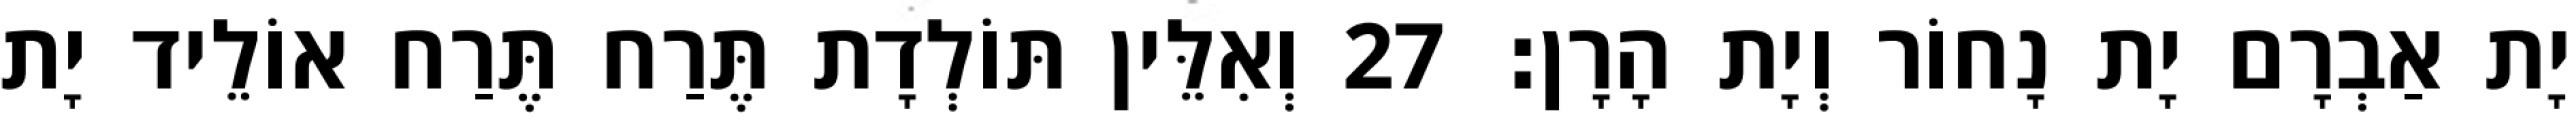
יָת אַבְרָם יָת נָחוֹר וְיָת הָרָן׃ 27 וְאִלֵּין תּוֹלְדָת תֶּרַח תֶּרַח אוֹלֵיד יָת